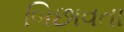
બિછાવતા